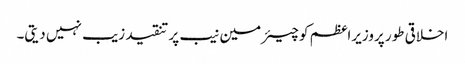
اخلاقی طور پروزیراعظم کو چیئرمین نیب پر تنقید زیب نہیں دیتی۔